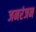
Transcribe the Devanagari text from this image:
जनरंजन